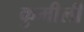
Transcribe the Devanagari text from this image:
कुमीली